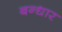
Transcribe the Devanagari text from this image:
बन्धार